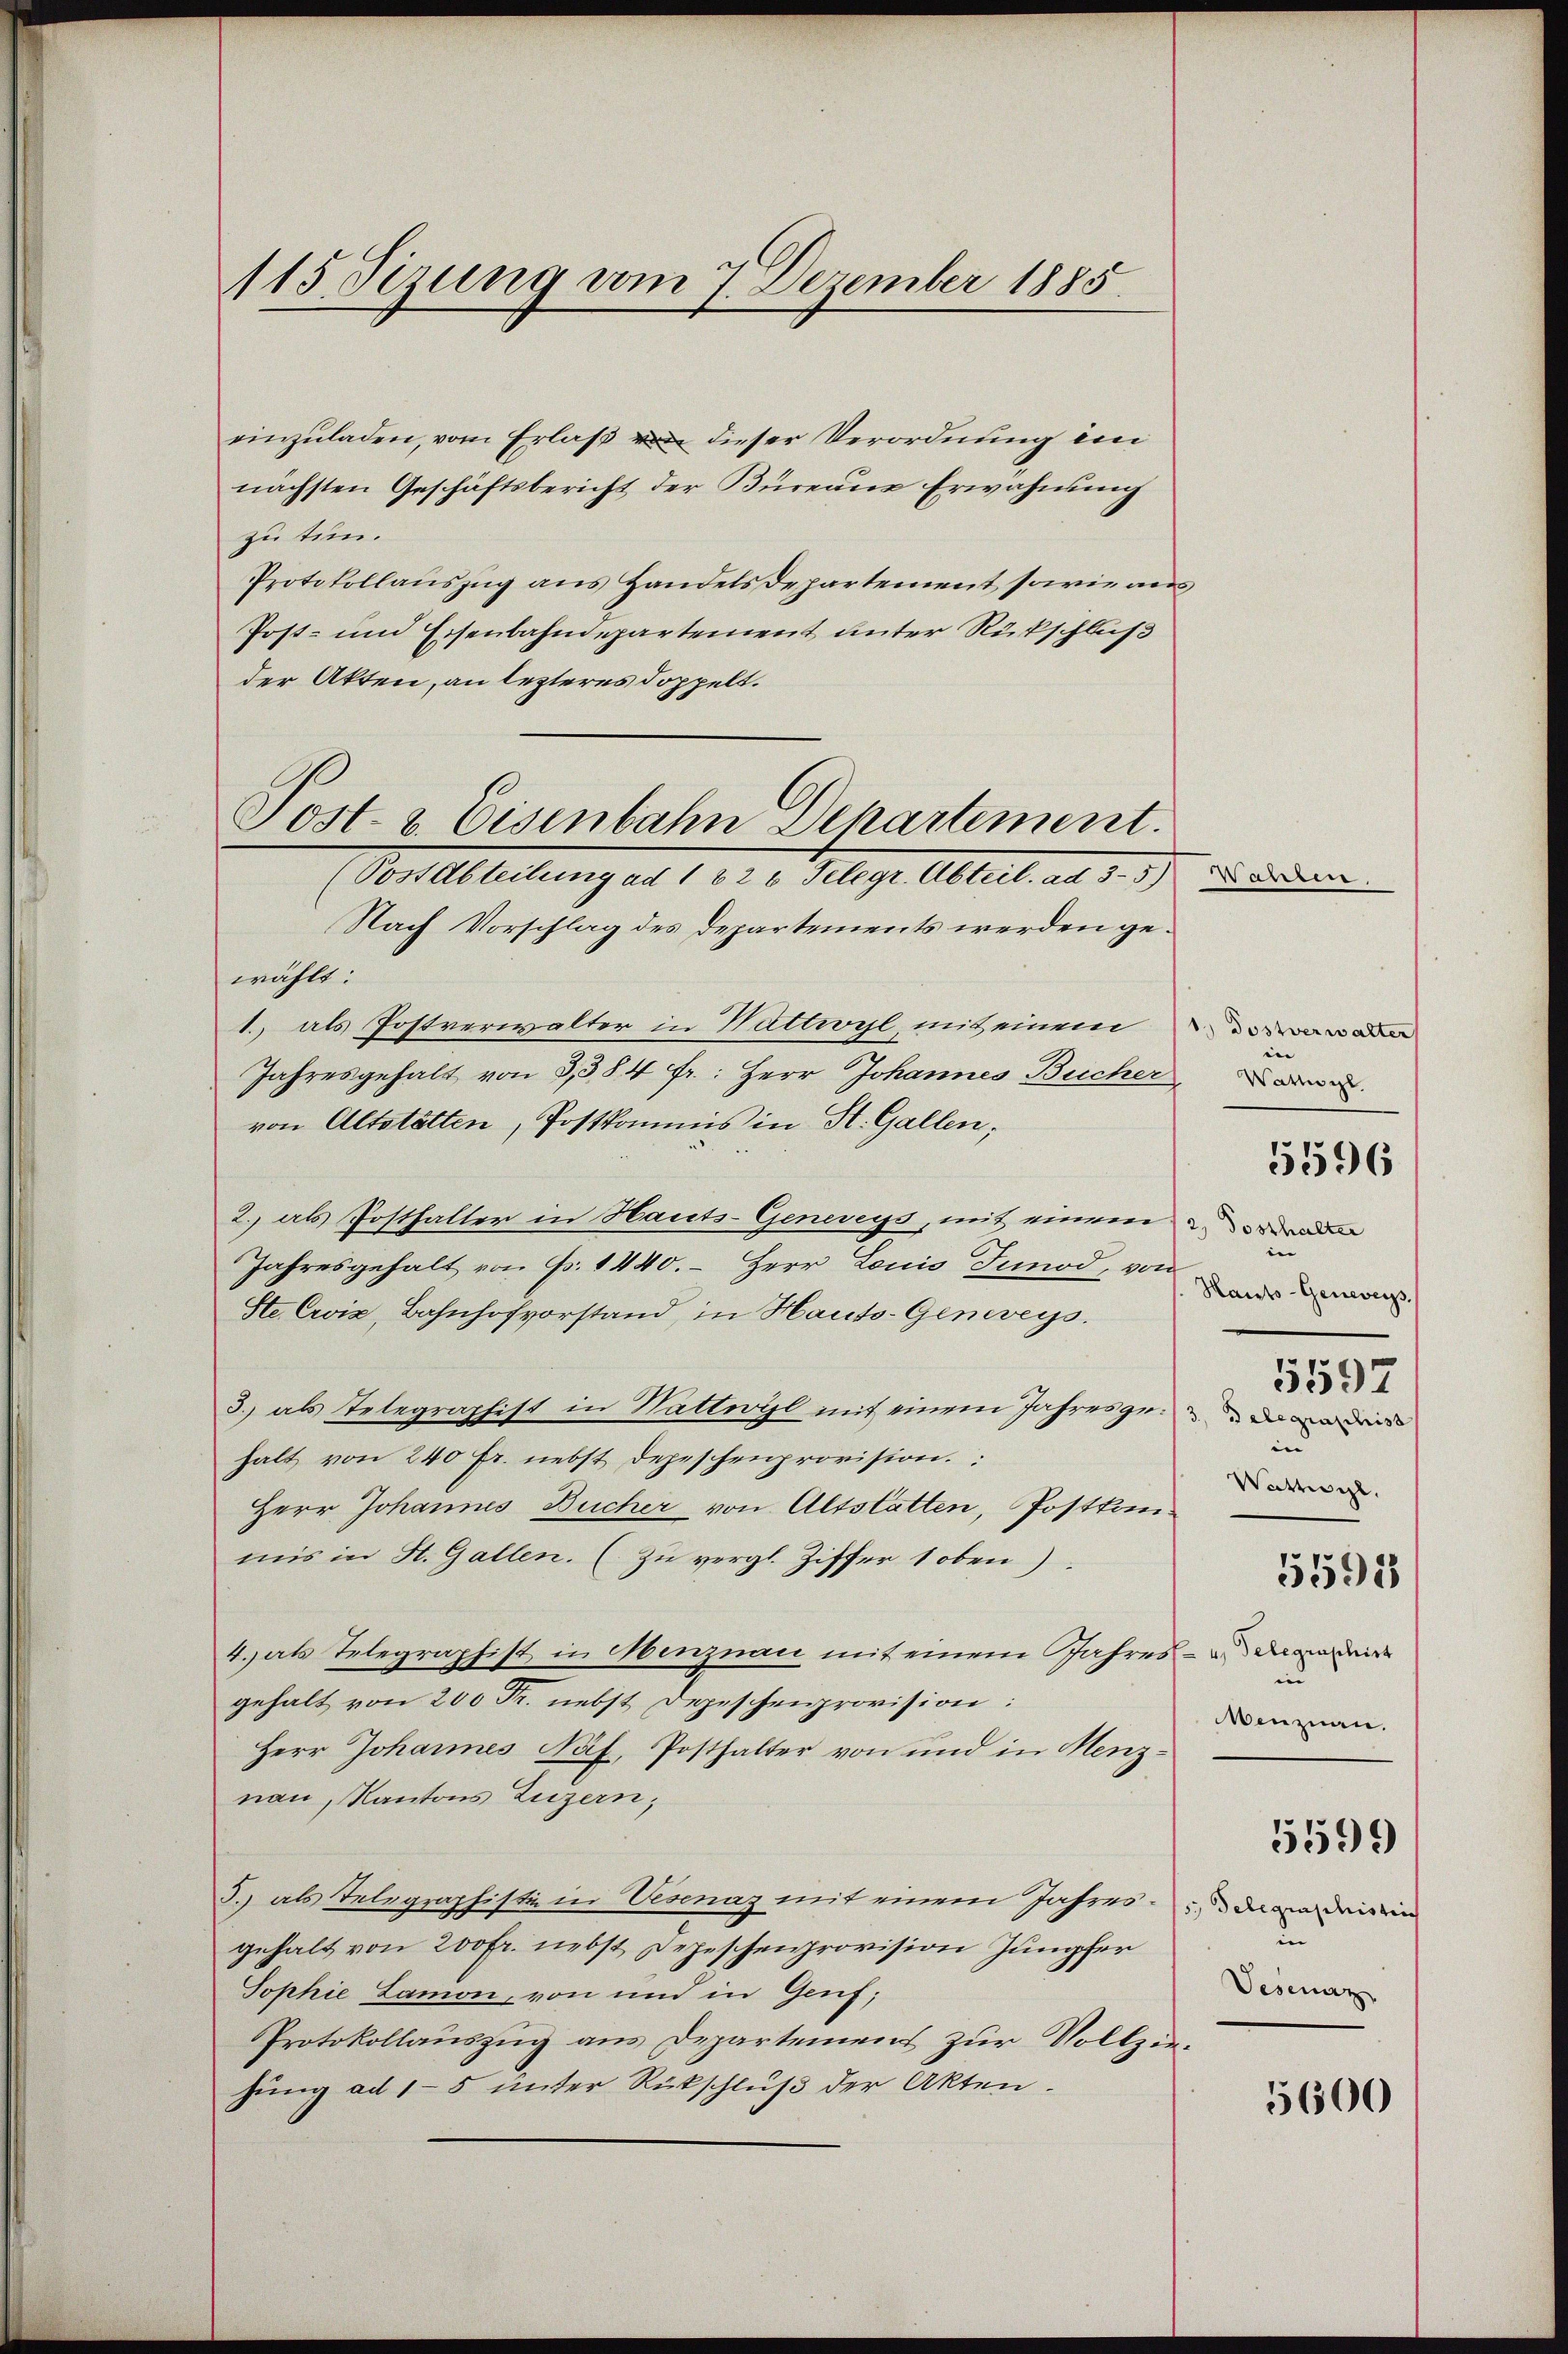
115 Sizung vom 7. Dezember 1885

einzŭladen, vom Erlaβ dieser Verordnung im
nächsten Geschäftsbericht der Büren Erwähnung
zu tun.
Protokollauszug aus Handels Departement sowie an
Post- und Eisenbahndepartement unter Rückschluß
der Akten, an lezteres doppelt.
Nach Vorschlag des Departements werden gewählt:
1., als Postverwalter in Wattwyl, mit einem
Jahresgehalt von 3, 384 fr.: Herr Johannes Bucher,
von Altstätten, Postkommis in St. Gallen;
2.) als Posthalter in Hauts-Geneveys, mit einem de
Jahresgehalt von Fr. 1440. – Herr Louis Tunod, von
Ste Croix, Bahnhofvorstand, in Hauts-Geneveys.
3. als Telegraphist in Wattwyl mit einem Jahresgeden der
halt von 240 fr. nebst Depeschenprovision.
Herr Johannes Bucher von Altstatten, Postkon.
mis in St. Gallen. (zu vergl. Ziffer 1 oben)
4.) als Telegraphist in Menznau mit einem Jahres - dareide
gehalt von 200 Fr. nebst Depeschenprovision:
Herr Johannes Näf, Posthalter von und in Menznau, Kantons Luzern,
5.) als Telegraphisti in Veisenaz mit einem Jahresgehalt von 200 Fr. nebst Depeschenprovision Jungfer
Sophie Lamon, von und in Genf;
Protokollauszug aus Departement zur Vollziehung ad 15 unter Rückschluß der Akten.

Sost- u. Eisenbahn Departement.
(Postdbteilung ad 1 22 x Telegr. Abteil. ad 35)

Wanten.

1.) Dostverwalter

Wattwyl
e
Haito-Geneveys
in
Wattwyl,
5591
in
Menznau.

5596

5597

5599

5. Telegraphistrich
in
Vesenaz

5600